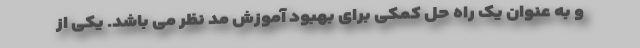
و به عنوان یک راه حل کمکی برای بهبود آموزش مد نظر می باشد. یکی از